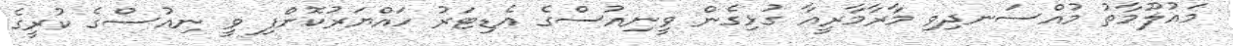
މައުލޫމާތު މުއްސަނދިވި މާރާމާރީއާ ގުޅިގެން ވީނިއުސްގެ އެޑިޓަރު ހައްޔަރުކޮށްފި ވީ ނިއުސްގެ ކުރީގެ